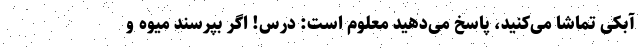
آبکی تماشا می‌کنید، پاسخ می‌دهید معلوم است: درس! اگر بپرسند میوه و